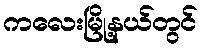
ကလေးမြို့နယ်တွင်